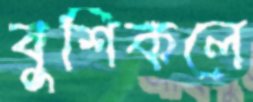
বুশিকলে